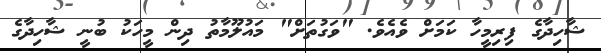
ޝާހިދާގެ ފިރިމީހާ ކަމަށް ވެއެވެ. "ވަގުތަށް" މައުލޫމާތު ދިން މީހަކު ބުނީ ޝާހިދާގެ